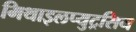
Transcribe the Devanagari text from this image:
मिथाइलप्युट्रसिन